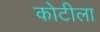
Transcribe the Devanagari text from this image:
कोटीला